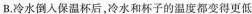
B.冷水倒入保温杯后，冷水和杯子的温度都变得更低